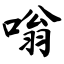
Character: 嗡